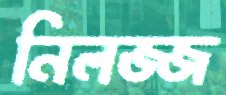
নিলজ্জ